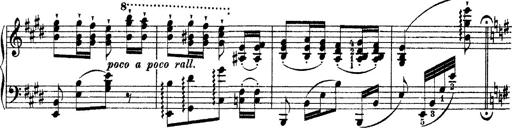
Title: Ã‰tudes d'exÃ©cution transcendante d'aprÃ¨s Paganini
Composer: Franz Liszt